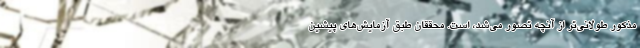
مذکور طولانی‌تر از آنچه تصور می‌شد، است. محققان طبق آزمایش‌های پیشین